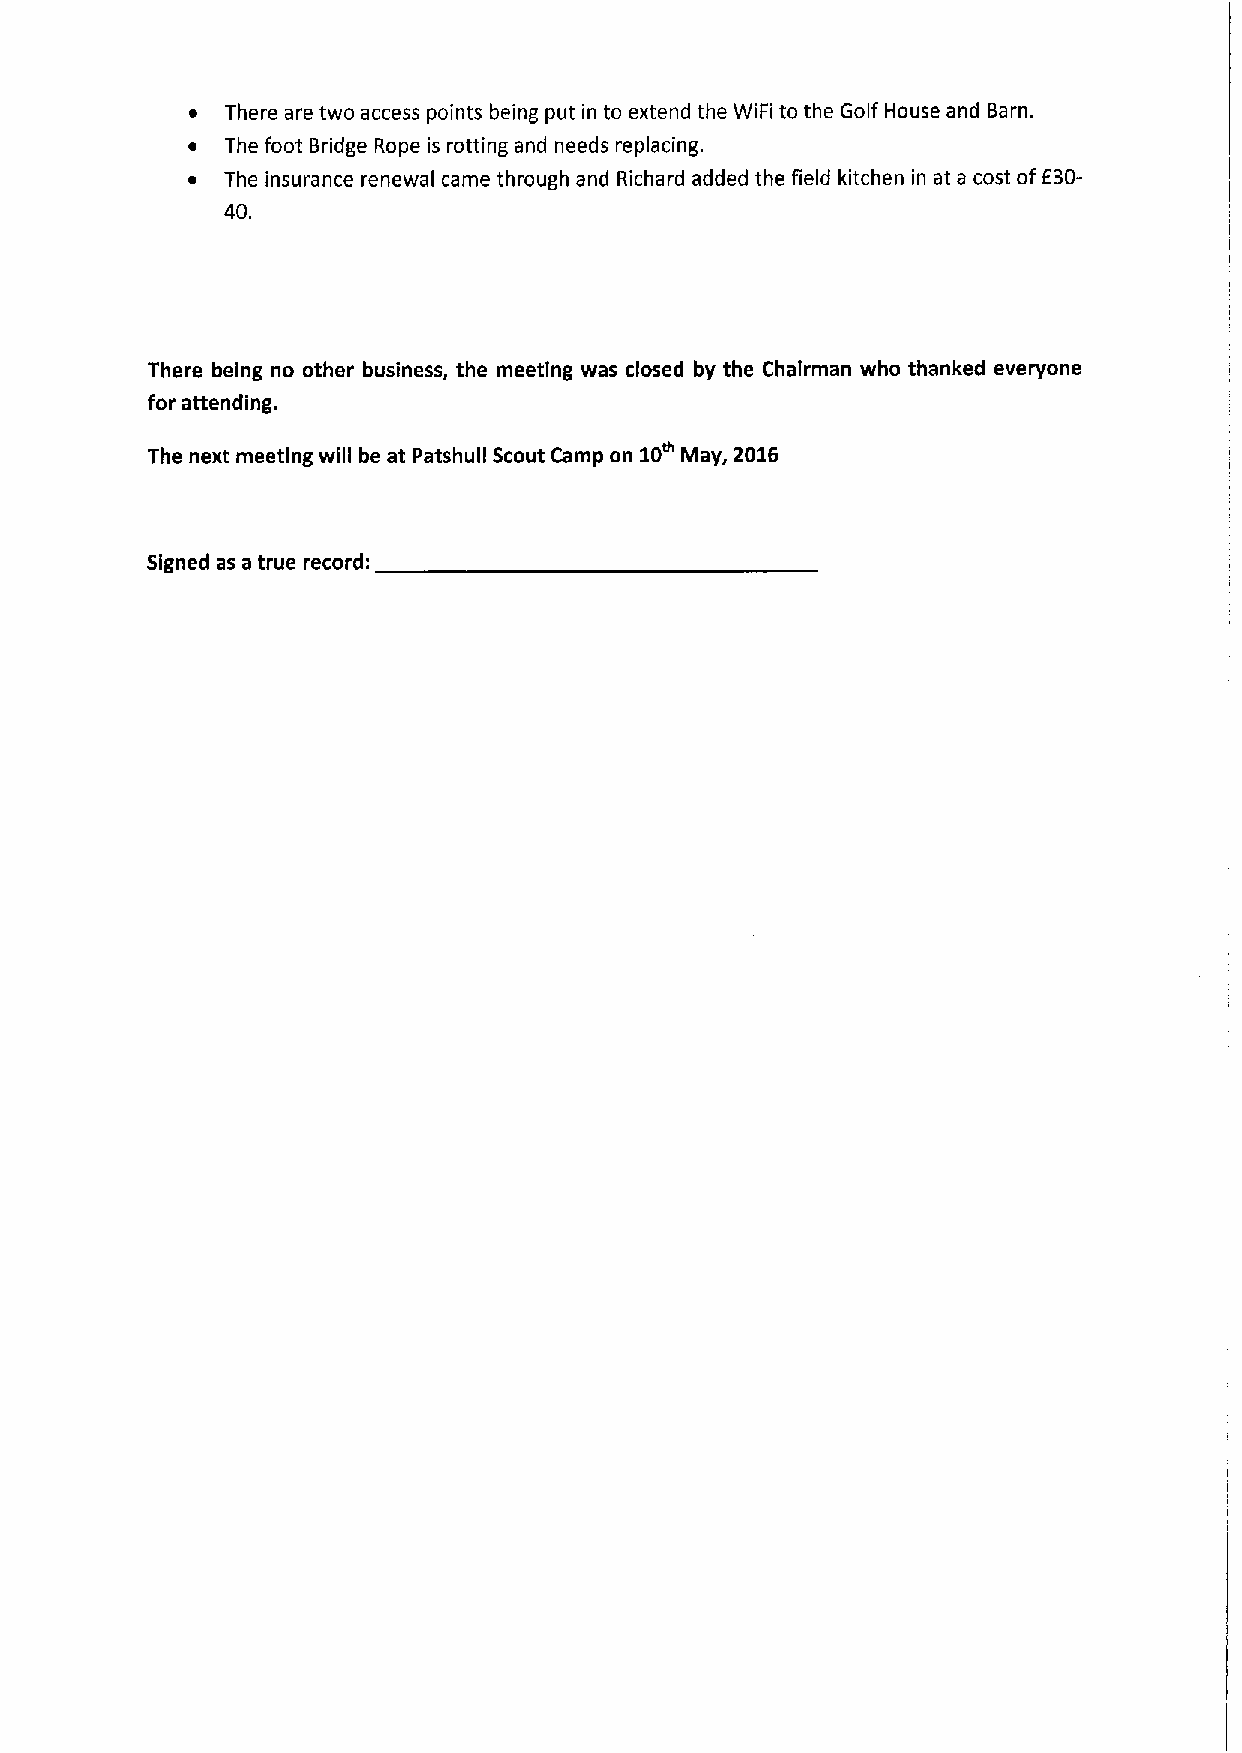
~ There are two access points being put in to extend the WIFI to the Golf House and Barn.
 ~  The foot Bridge Rope is rotting and needs replacing.
 ~  The insurance renewal came through and Richard added the field kitchen in at a cost off30-
 40.
 There being no other business, the meetIng was closed by the ChaIrman who thanked everyone
 for attending.
 10"
 The next meeting will be at Patshull Scout Camp on May, 2016
 Signed as a true record: